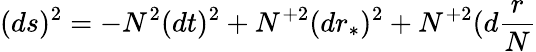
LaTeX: (ds)^{2}=-N^{2}(dt)^{2}+N^{+2}(dr_{\ast})^{2}+N^{+2}(d\frac{r}{N}